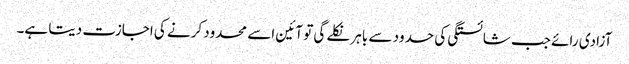
آزادی رائے جب شائستگی کی حدود سے باہر نکلے گی تو آئین اسے محدود کرنے کی اجازت دیتا ہے۔